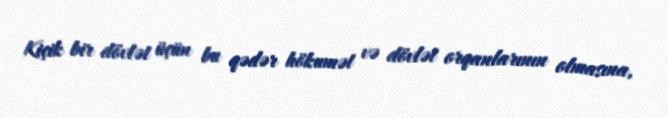
Kiçik bir dövlət üçün bu qədər hökumət və dövlət orqanlarının olmasına,